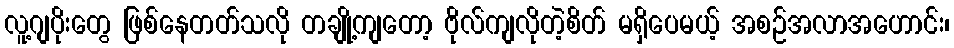
လူ့ဂျပိုးတွေ ဖြစ်နေတတ်သလို တချို့ကျတော့ ဗိုလ်ကျလိုတဲ့စိတ် မရှိပေမယ့် အစဉ်အလာအဟောင်း၊